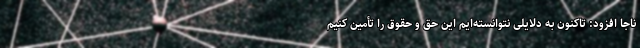
ناجا افزود: تاکنون به دلایلی نتوانسته‌ایم این حق و حقوق را تأمین کنیم